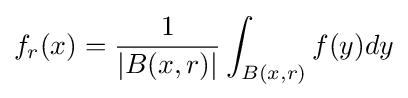
f_{r}(x)={\frac {1}{|B(x,r)|}}\int _{B(x,r)}f(y)dy